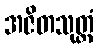
အဇိတသုတ္တံ